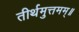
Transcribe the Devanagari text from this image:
तीर्थमुत्तमम्‌॥